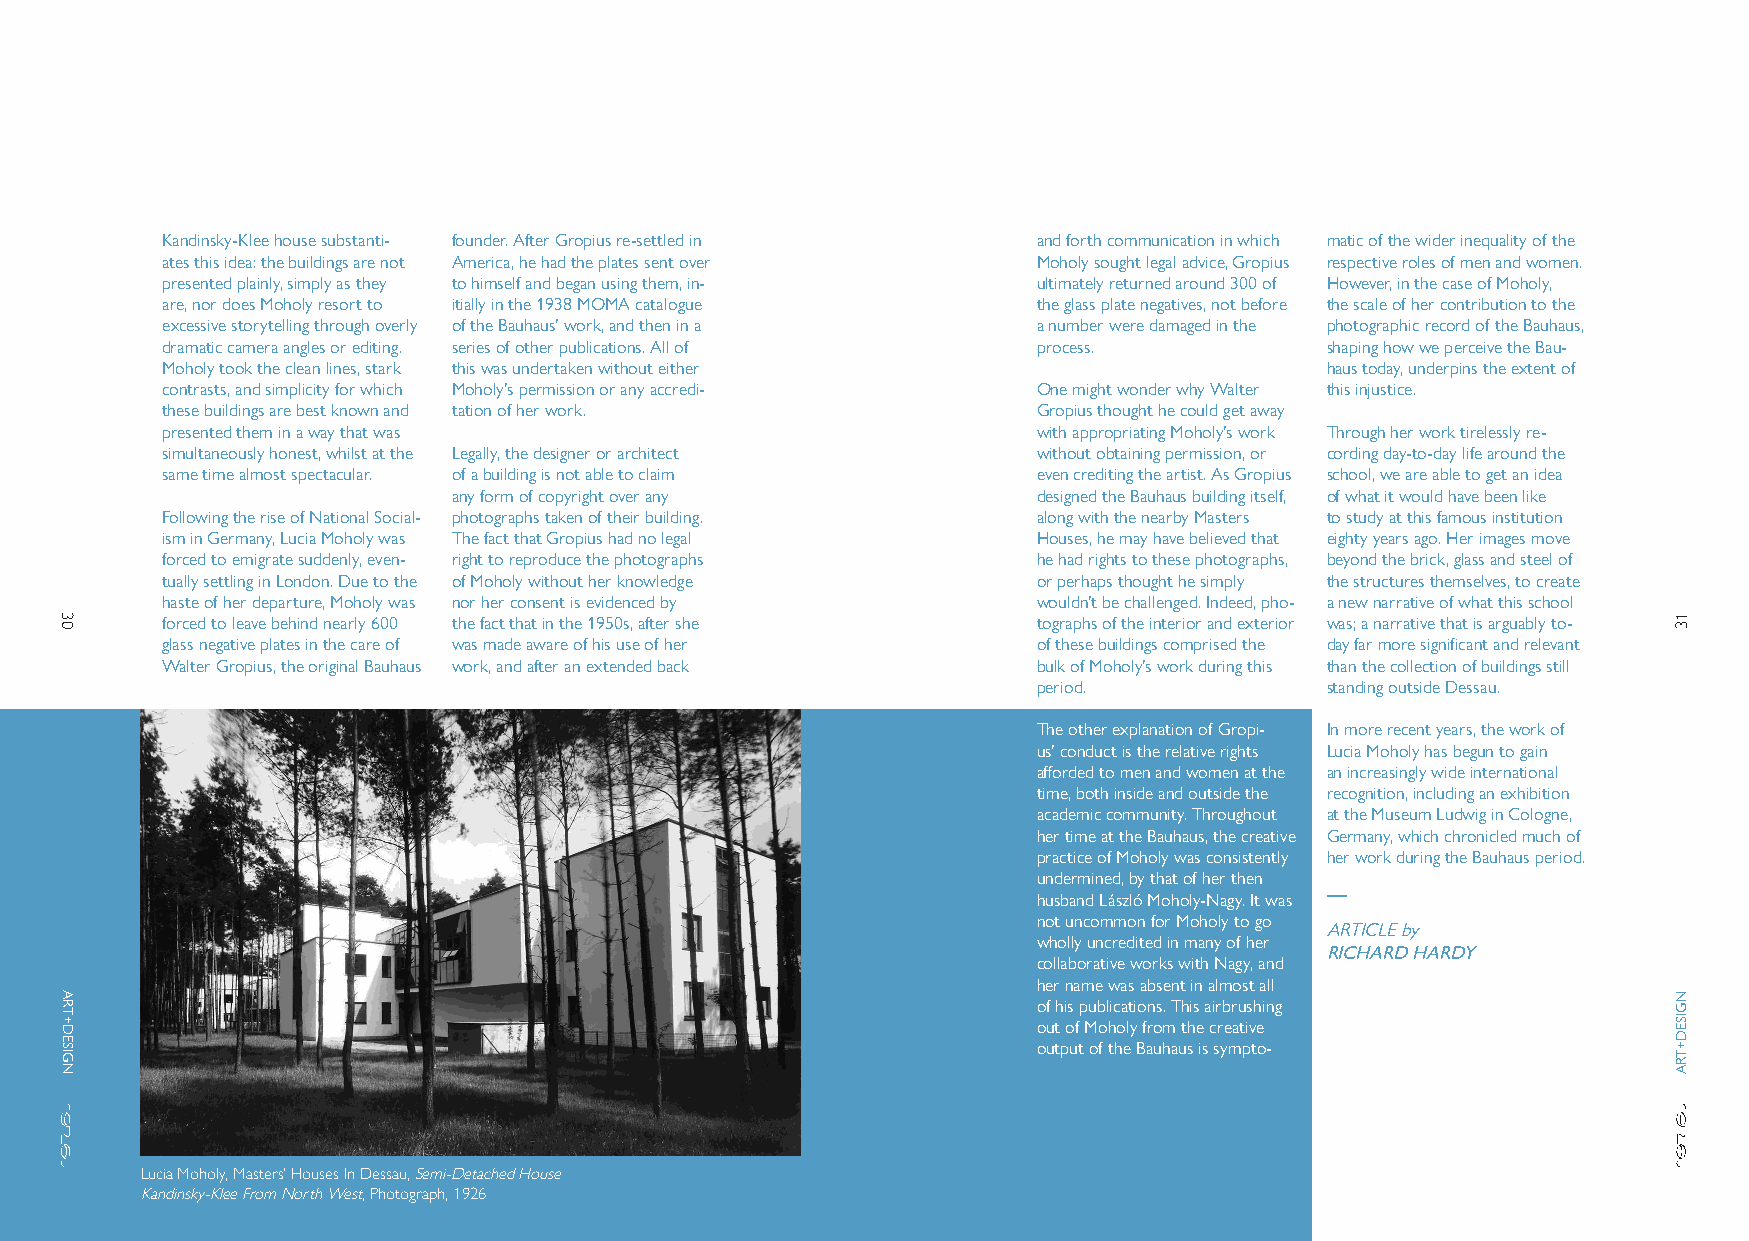
Kandinsky-Klee house substanti- founder. After Gropius re-settled in and forth communication in which matic of the wider inequality of the
 ates this idea: the buildings are not America, he had the plates sent over Moholy sought legal advice, Gropius respective roles of men and women.
 presented plainly, simply as they to himself and began using them, in- ultimately returned around 300 of However, in the case of Moholy,
 are, nor does Moholy resort to itially in the 1938 MOMA catalogue the glass plate negatives, not before the scale of her contribution to the
 excessive storytelling through overly of the Bauhaus’ work, and then in a a number were damaged in the photographic record of the Bauhaus,
 dramatic camera angles or editing. series of other publications. All of process. shaping how we perceive the Bau-
 Moholy took the clean lines, stark this was undertaken without either        haus today, underpins the extent of
 contrasts, and simplicity for which Moholy’s permission or any accredi- One might wonder why Walter this injustice.
 these buildings are best known and tation of her work.    Gropius thought he could get away
 presented them in a way that was                          with appropriating Moholy’s work Through her work tirelessly re-
 simultaneously honest, whilst at the Legally, the designer or architect without obtaining permission, or cording day-to-day life around the
 same time almost spectacular. of a building is not able to claim even crediting the artist. As Gropius school, we are able to get an idea
 any form of copyright over any         designed the Bauhaus building itself, of what it would have been like
 Following the rise of National Social- photographs taken of their building. along with the nearby Masters to study at this famous institution
 ism in Germany, Lucia Moholy was The fact that Gropius had no legal Houses, he may have believed that eighty years ago. Her images move
 forced to emigrate suddenly, even- right to reproduce the photographs he had rights to these photographs, beyond the brick, glass and steel of
 tually settling in London. Due to the of Moholy without her knowledge or perhaps thought he simply the structures themselves, to create
 haste of her departure, Moholy was nor her consent is evidenced by wouldn’t be challenged. Indeed, pho- a new narrative of what this school
 forced to leave behind nearly 600 the fact that in the 1950s, after she tographs of the interior and exterior was; a narrative that is arguably to-
 glass negative plates in the care of was made aware of his use of her of these buildings comprised the day far more significant and relevant
 Walter Gropius, the original Bauhaus work, and after an extended back bulk of Moholy’s work during this than the collection of buildings still
 period.            standing outside Dessau.
 The other explanation of Gropi- In more recent years, the work of
 us’ conduct is the relative rights Lucia Moholy has begun to gain
 afforded to men and women at the an increasingly wide international
 time, both inside and outside the recognition, including an exhibition
 academic community. Throughout at the Museum Ludwig in Cologne,
 her time at the Bauhaus, the creative Germany, which chronicled much of
 practice of Moholy was consistently her work during the Bauhaus period.
 undermined, by that of her then
 husband László Moholy-Nagy. It was
 not uncommon for Moholy to go
 ARTICLE by
 wholly uncredited in many of her
 RICHARD HARDY
 collaborative works with Nagy, and
 her name was absent in almost all
 of his publications. This airbrushing
 out of Moholy from the creative
 output of the Bauhaus is sympto-
 Lucia Moholy, Masters’ Houses In Dessau, Semi-Detached House
 Kandinsky-Klee From North West, Photograph, 1926
 30
 ART+DESIGN
 13
 NGISED+TRA